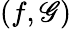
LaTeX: (f,\mathscr{G})